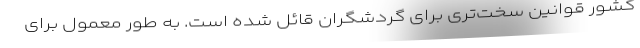
کشور قوانین سخت‌تری برای گردشگران قائل شده است. به طور معمول برای